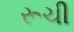
રૂચી